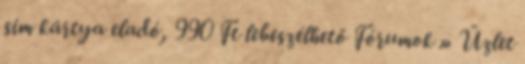
sim kártya eladó, 990 Ft lebeszélhető Fórumok » Üzlet